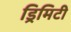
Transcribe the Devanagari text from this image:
ड्रिमिटी